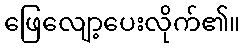
ဖြေလျော့ပေးလိုက်၏။